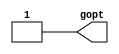
module	m14k_glue(
	gopt);


output gopt;

// BEGIN Wire declarations made by MVP
wire gopt;
// END Wire declarations made by MVP


assign gopt = 1'b1;

endmodule